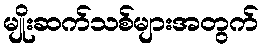
မျိုးဆက်သစ်များအတွက်